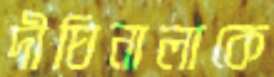
দীঘিনালাকে